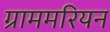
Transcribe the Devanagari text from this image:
ग्राममरियन